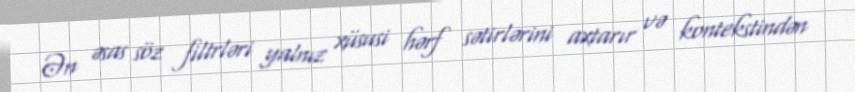
Ən əsas söz filtrləri yalnız xüsusi hərf sətirlərini axtarır və kontekstindən